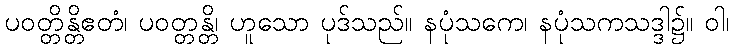
ပဝတ္တိန္တိဧတံ၊ ပဝတ္တန္တိ၊ ဟူသော ပုဒ်သည်။ နပုံသကေ၊ နပုံသကသဒ္ဒါ၌။ ဝါ၊